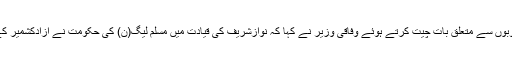
آزاد کشمیر میں جاری ترقیاتی منصوبوں سے متعلق بات چیت کرتے ہوئے وفاقی وزیر نے کہا کہ نوازشریف کی قیادت میں مسلم لیگ(ن) کی حکومت نے آزادکشمیر کے وسائل میں بے پناہ اضافہ کیا ہے۔